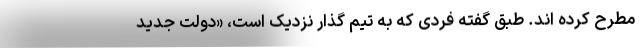
مطرح کرده اند. طبق گفته فردی که به تیم گذار نزدیک است، «دولت جدید